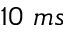
1 0 \ m s